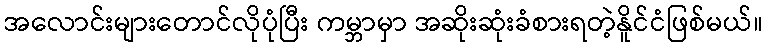
အလောင်းများတောင်လိုပုံပြီး ကမ္ဘာမှာ အဆိုးဆုံးခံစားရတဲ့နိူင်ငံဖြစ်မယ်။